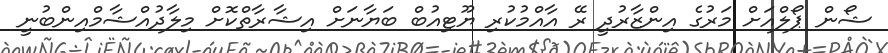
ޝޯން ޕޯލްއަށް މަރުގެ އިންޒާރުދީ ރޭ އާއްމުކުރި ޔޫޓިއުބް ބަޔާނަށް އިޝާރާތްކޮށް މިލާދުއްޝާމްއިންބުނީ